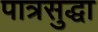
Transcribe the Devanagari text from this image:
पात्रसुद्धा